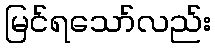
မြင်ရသော်လည်း